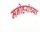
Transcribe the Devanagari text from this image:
मनोहरांच्या